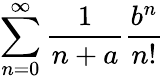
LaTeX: \sum_{n=0}^{\infty}\frac{1}{n+a}\frac{b^{n}}{n!}